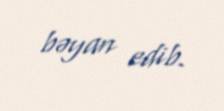
bəyan edib.